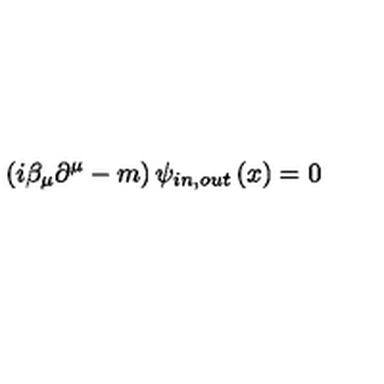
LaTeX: \left( i \beta _ { \mu } \partial ^ { \mu } - m \right) \psi _ { i n , o u t } \left( x \right) = 0